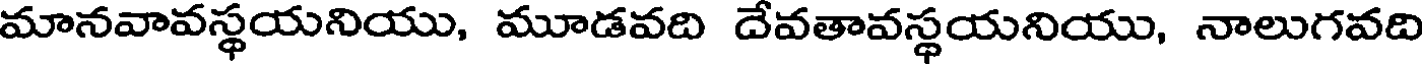
మానవావస్థయనియు, మూడవది దేవతావస్థయనియు, నాలుగవది